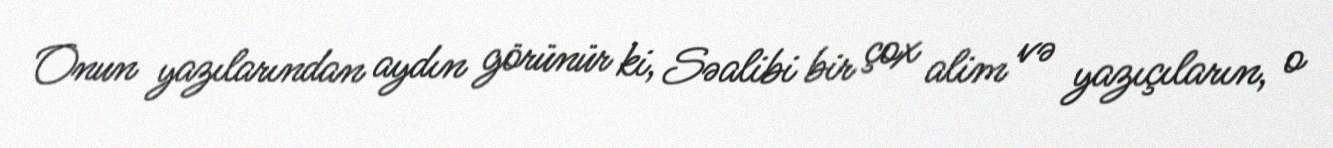
Onun yazılarından aydın görünür ki, Səalibi bir çox alim və yazıçıların, o